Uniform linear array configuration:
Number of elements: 4
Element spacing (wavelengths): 0.25
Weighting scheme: kaiser
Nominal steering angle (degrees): -60
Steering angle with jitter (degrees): -58.797
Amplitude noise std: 0.05
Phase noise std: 0.05

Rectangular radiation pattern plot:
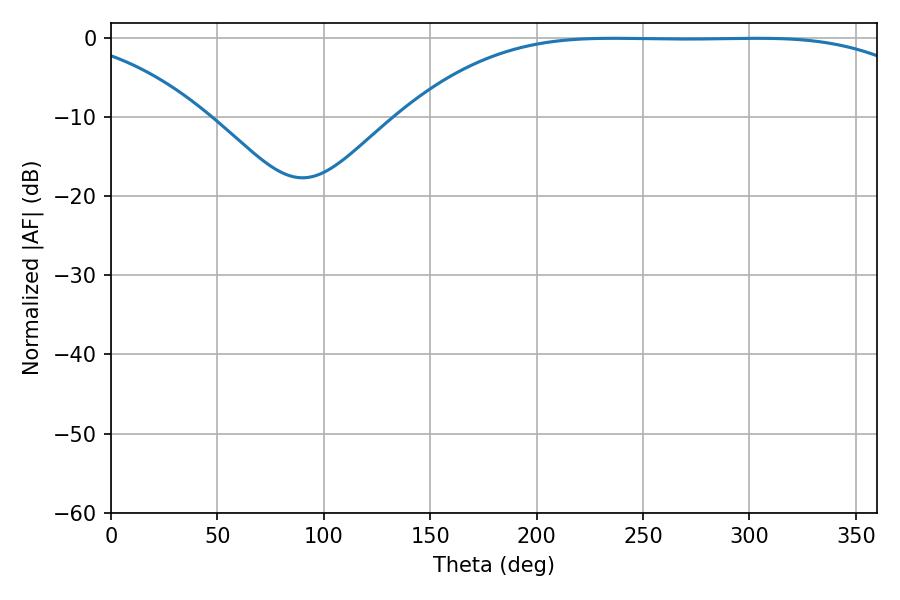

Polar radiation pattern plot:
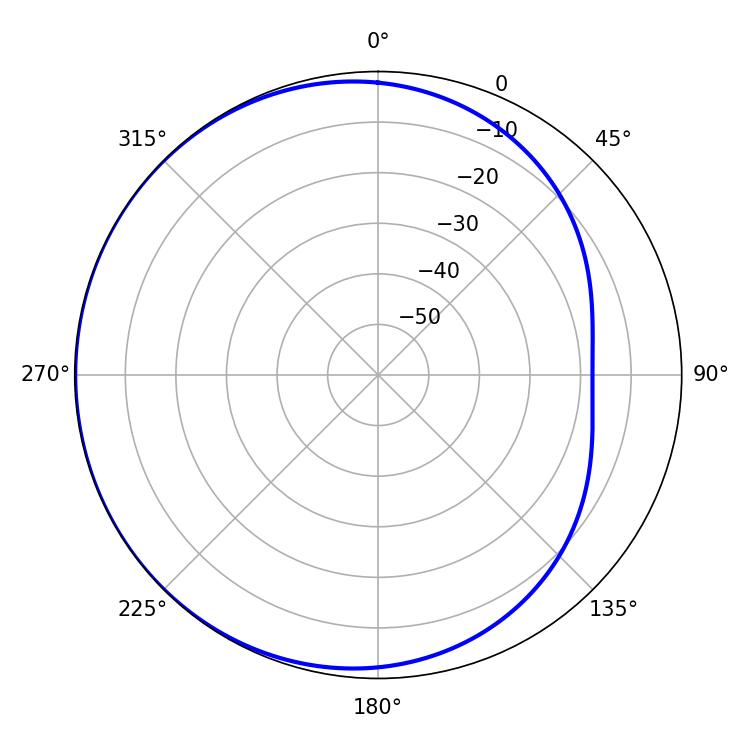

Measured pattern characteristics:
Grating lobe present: FALSE
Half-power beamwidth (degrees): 187.38
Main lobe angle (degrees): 235.98